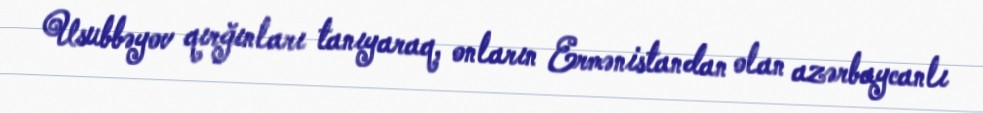
Usubbəyov qırğınları tanıyaraq, onların Ermənistandan olan azərbaycanlı